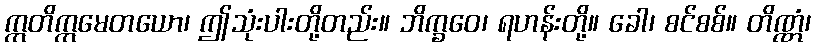
ဣတိဣမေတယော၊ ဤသုံးပါးတို့တည်း။ ဘိက္ခဝေ၊ ရဟန်းတို့။ ခေါ၊ စင်စစ်။ တိဏ္ဏံ၊